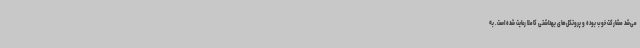
می‌شد مشارکت خوب بوده و پروتکل‌های بهداشتی کاملا رعایت شده است. به